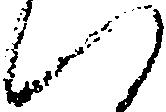
い